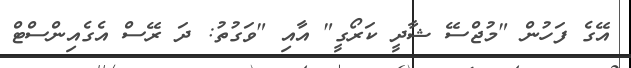
އޭގެ ފަހުން "މުޖްސޭ ޝާދީ ކަރޯގީ" އާއި "ވަގުތު: ދަ ރޭސް އެގެއިންސްޓް